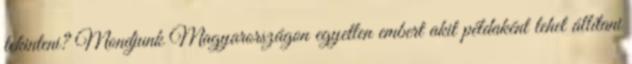
tekinteni? Mondjunk Magyarországon egyetlen embert akit példaként lehet állítani